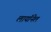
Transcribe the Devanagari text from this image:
लायॉनेल